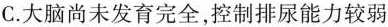
C.大脑尚未发育完全，控制排尿能力较弱